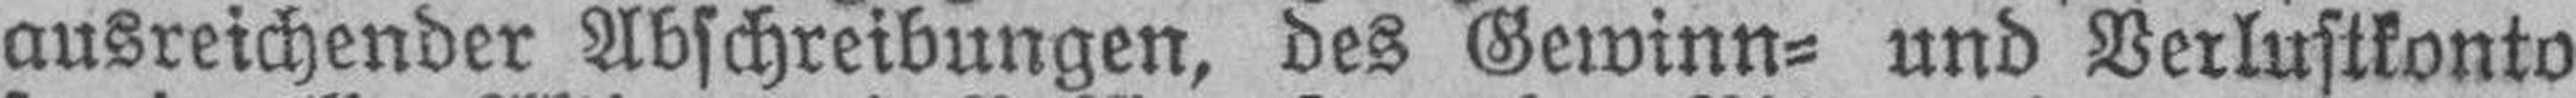
ausreichender Abschreibungen, des Gewinn= und Verlustkonto